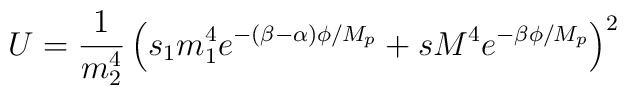
U=\frac{1}{m_{2}^{4}}\left( s_{1}m_{1}^{4}e^{-(\beta -\alpha)\phi/M_{p}}+ sM^{4}e^{-\beta \phi/M_{p}}\right)^{2}